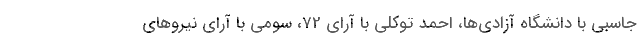
جاسبی با دانشگاه آزادی‌ها، احمد توکلی با آرای 72، سومی با آرای نیروهای